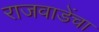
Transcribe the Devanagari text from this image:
राजवाडेंचा